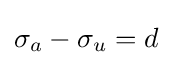
\sigma _{a}-\sigma _{u}=d